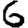
Digit: 6